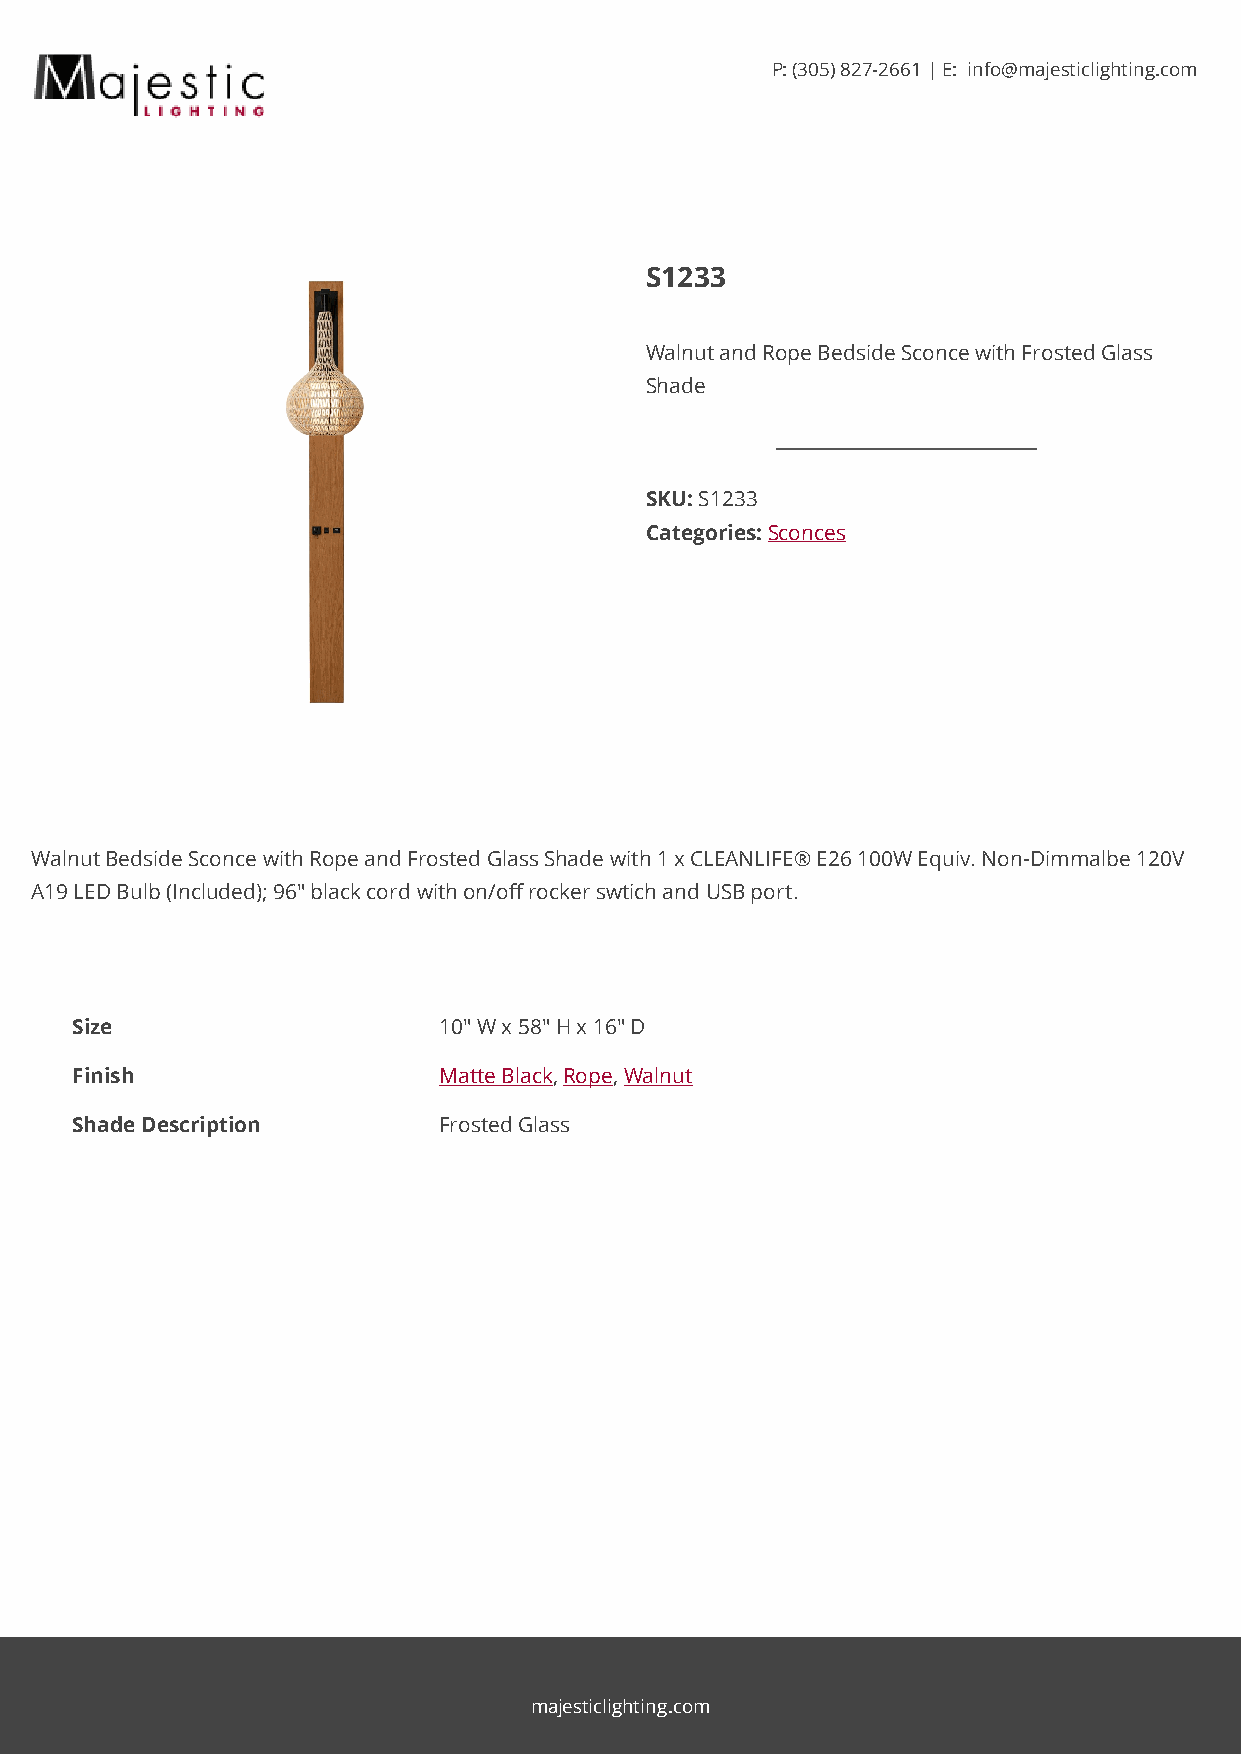
P: (305) 827-2661 | E: info@majesticlighting.com
 S1233
 Walnut and Rope Bedside Sconce with Frosted Glass
 Shade
 SKU: S1233
 Categories: Sconces
 Walnut Bedside Sconce with Rope and Frosted Glass Shade with 1 x CLEANLIFE® E26 100W Equiv. Non-Dimmalbe 120V
 A19 LED Bulb (Included); 96" black cord with on/off rocker swtich and USB port.
 Size                    10" W x 58" H x 16" D
 Finish                  Matte Black, Rope, Walnut
 Shade Description       Frosted Glass
 majesticlighting.com